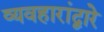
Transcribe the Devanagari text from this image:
व्यवहारांद्वारे